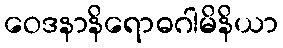
ဝေဒနာနိရောဓဂါမိနိယာ